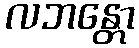
လဘန္တော